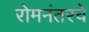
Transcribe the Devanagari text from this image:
रोमनंतरचे